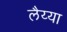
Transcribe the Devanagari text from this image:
लैय्या